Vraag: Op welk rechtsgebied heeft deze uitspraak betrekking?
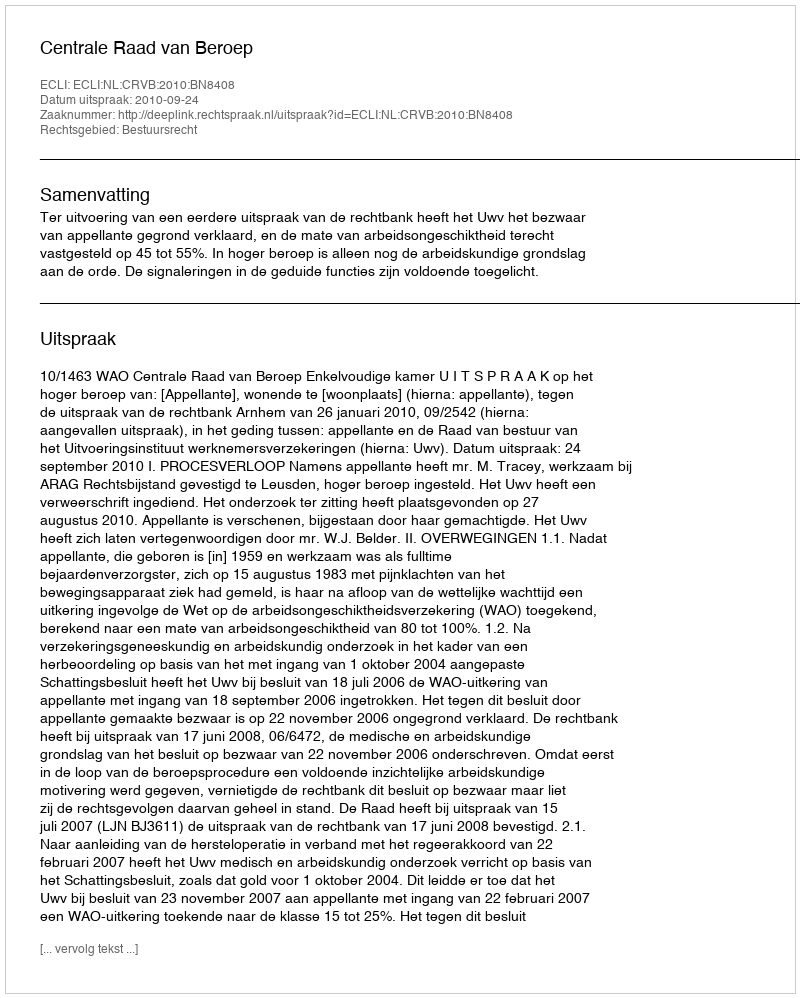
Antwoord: Bestuursrecht